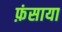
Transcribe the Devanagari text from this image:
फ़ंसाया